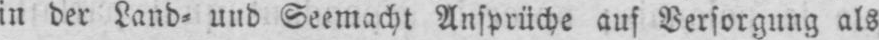
in der Land⸗ und Seemacht Ansprüche auf Versorgung als